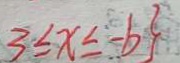
3 \leq x \leq - b \}